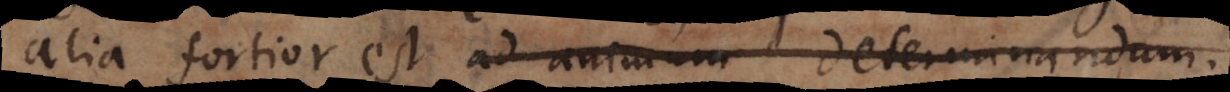
ea fortior est ad animum determinandum,